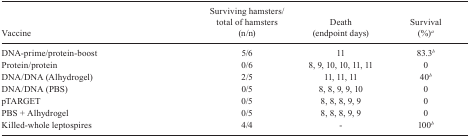
<table><thead><tr><td><b>Vaccine</b></td><td><b>Surviving hamsters/ total of hamsters (n/n)</b></td><td><b>Death(endpoint days)</b></td><td><b>Survival(%)a</b></td></tr></thead><tbody><tr><td>DNA-prime/protein-boost</td><td>5/6</td><td>11</td><td>83.3b</td></tr><tr><td>Protein/protein</td><td>0/6</td><td>8, 9, 10, 10, 11, 11</td><td>0</td></tr><tr><td>DNA/DNA (Alhydrogel)</td><td>2/5</td><td>11, 11, 11</td><td>40b</td></tr><tr><td>DNA/DNA (PBS)</td><td>0/5</td><td>8, 8, 9, 9, 10</td><td>0</td></tr><tr><td>pTARGET</td><td>0/5</td><td>8, 8, 8, 9, 9</td><td>0</td></tr><tr><td>PBS + Alhydrogel</td><td>0/5</td><td>8, 8, 8, 9, 9</td><td>0</td></tr><tr><td>Killed-whole leptospires</td><td>4/4</td><td>-</td><td>100b</td></tr></tbody></table>